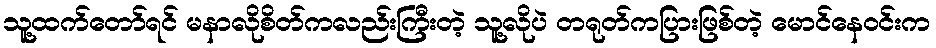
သူ့ထက်တော်ရင် မနာလိုစိတ်ကလည်းကြီးတဲ့ သူ့လိုပဲ တရုတ်ကပြားဖြစ်တဲ့ မောင်နေဝင်းက